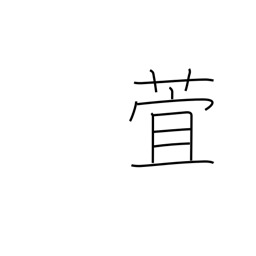
Meaning: day lily